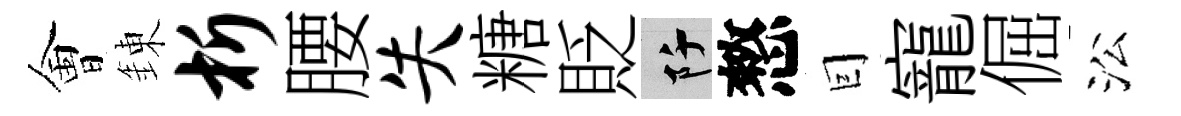
㑹錬析腰失糖貶阡憗囙寵倔㳂